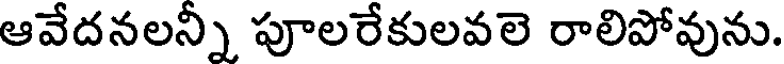
ఆవేదనలన్నీ పూలరేకులవలె రాలిపోవును.